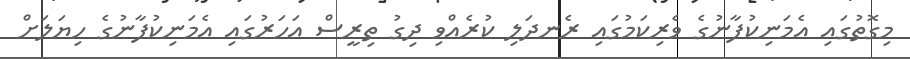
މިގޮތުގައި އެމަނިކުފާނުގެ ވެރިކަމުގައި ރެނދަލި ކުރެއްވި ދިގު ތިރީސް އަހަރުގައި އެމަނިކުފާނުގެ ހިޔަލަށް